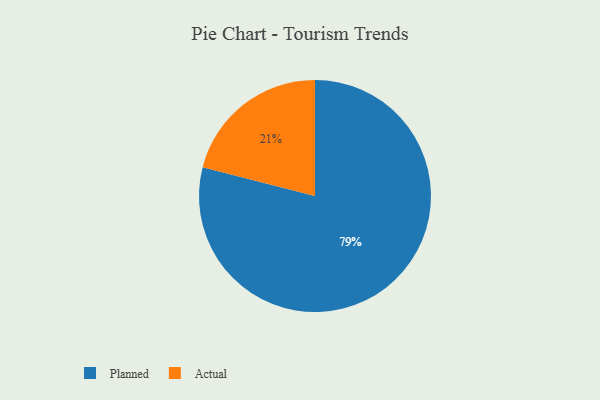
{"axis": {"x": "Category", "y": "Percentage"}, "legend": ["Actual", "Planned"], "data": [{"x": "Actual", "y": 21, "type": "Actual"}, {"x": "Planned", "y": 79, "type": "Planned"}]}